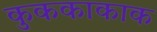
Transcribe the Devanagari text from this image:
कुककाकाक